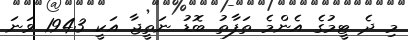
މި ދެ ޓީމުގެ އެންމެ ތަފާތު ބޮޑު ނަތީޖާ އަކީ 1943 ވަނަ